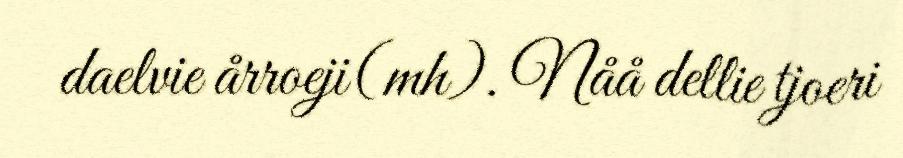
daelvie årroeji(mh). Nåå dellie tjoeri